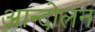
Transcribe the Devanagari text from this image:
अान्दोलन